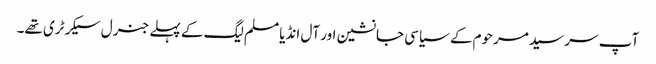
آپ سر سید مرحوم کے سیاسی جانشین اور آل انڈیا مسلم لیگ کے پہلے جنرل سیکرٹری تھے۔